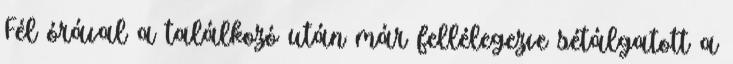
Fél órával a találkozó után már fellélegezve sétálgatott a